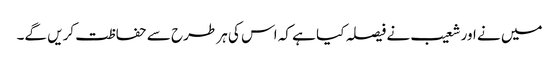
میں نے اور شعیب نے فیصلہ کیا ہے کہ اس کی ہر طرح سے حفاظت کریں گے۔